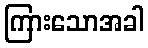
ကြားသောအခါ